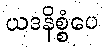
ယဒနိစ္စံပေ